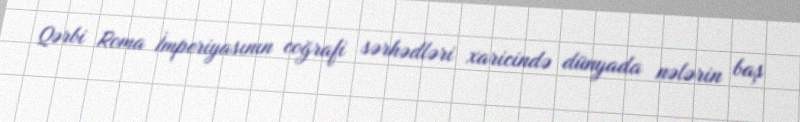
Qərbi Roma İmperiyasının coğrafi sərhədləri xaricində dünyada nələrin baş